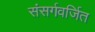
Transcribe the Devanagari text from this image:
संसर्गवर्जित